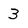
Character: 3